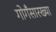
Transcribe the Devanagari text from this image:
गोगँसारख्या